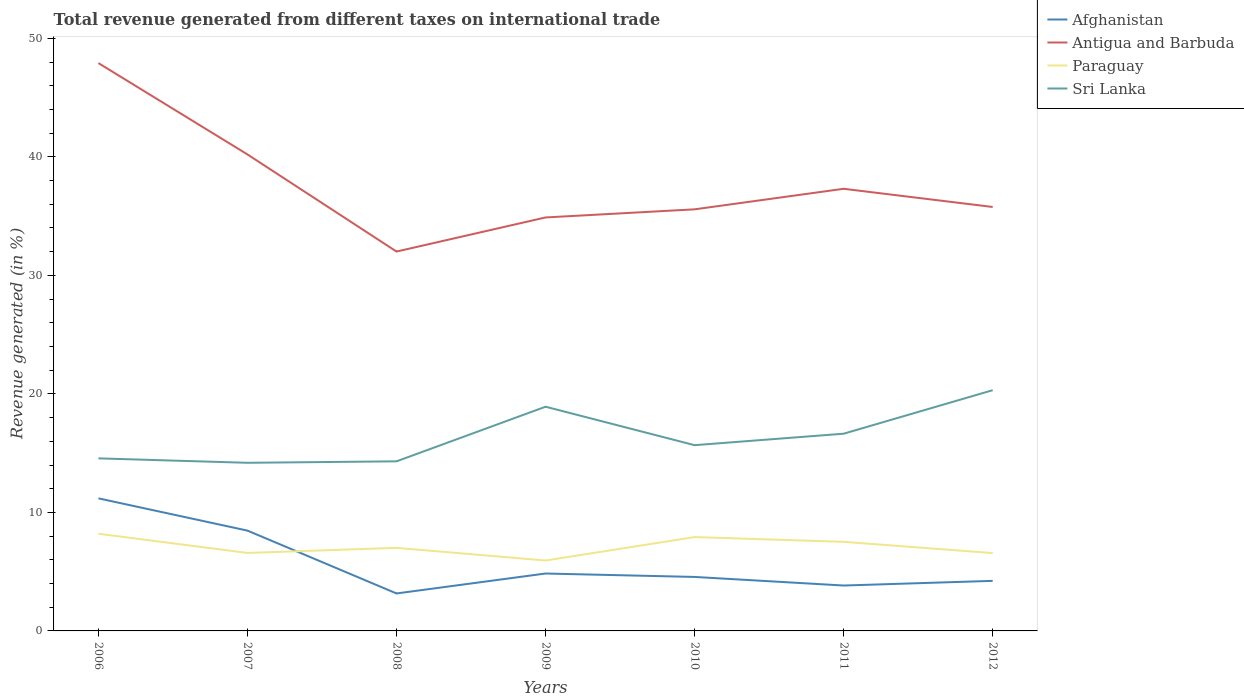
| Years | Afghanistan | Antigua and Barbuda | Paraguay | Sri Lanka |
 | --- | --- | --- | --- | --- |
 | 2006 | 11.2 | 47.9 | 8.2 | 14.6 |
 | 2007 | 8.46 | 40.2 | 6.58 | 14.2 |
 | 2008 | 3.16 | 32 | 7.01 | 14.3 |
 | 2009 | 4.84 | 34.9 | 5.94 | 18.9 |
 | 2010 | 4.55 | 35.6 | 7.92 | 15.7 |
 | 2011 | 3.83 | 37.3 | 7.52 | 16.6 |
 | 2012 | 4.22 | 35.8 | 6.57 | 20.3 |